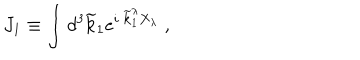
J _ { 1 } \equiv \int d ^ { 3 } \widetilde { \bf k } _ { 1 } e ^ { i \; \widetilde { \bf k } _ { 1 } ^ { \lambda } X _ { \lambda } } \; ,